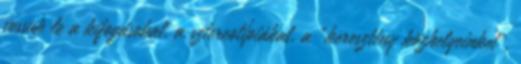
vessük le a kifogásokat, a sztereotípiákat, a “keresztény közhelyeinket”,